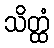
သိတ္ထံ